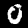
Digit: 0